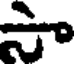
సా